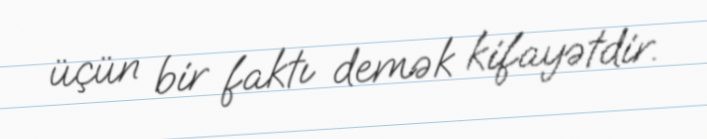
üçün bir faktı demək kifayətdir.